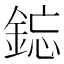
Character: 𫒥